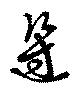
辺